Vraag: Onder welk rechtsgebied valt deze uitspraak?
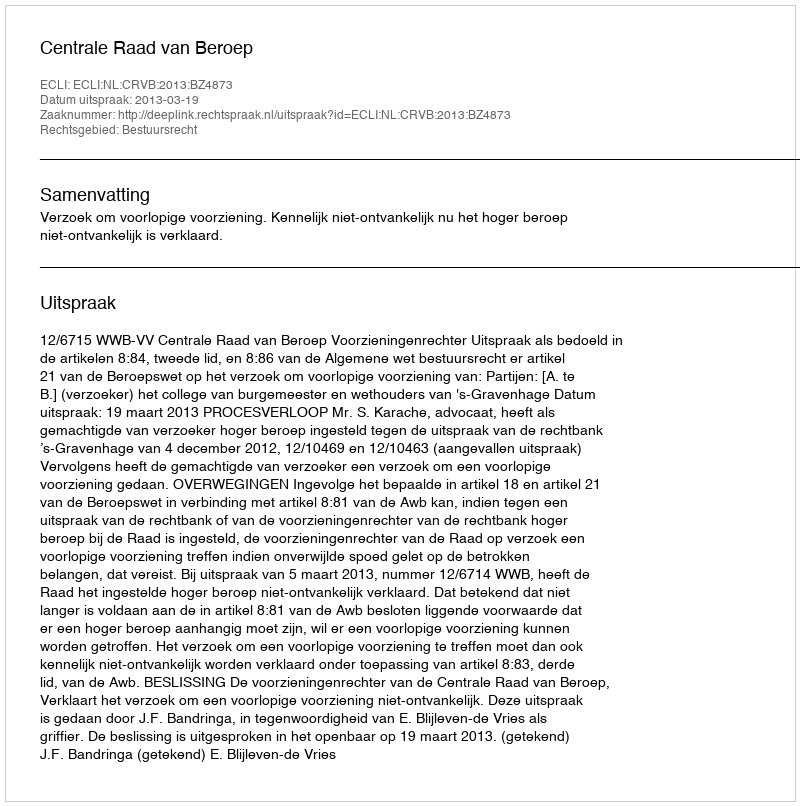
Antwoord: Bestuursrecht